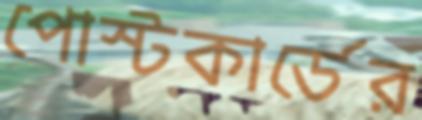
পোস্টকার্ডের